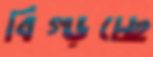
বিগ্‌ড়চ্ছে